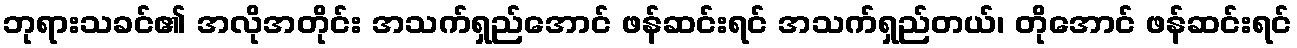
ဘုရားသခင်၏ အလိုအတိုင်း အသက်ရှည်အောင် ဖန်ဆင်းရင် အသက်ရှည်တယ်၊ တိုအောင် ဖန်ဆင်းရင်